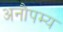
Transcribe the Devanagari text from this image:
अनौपम्य